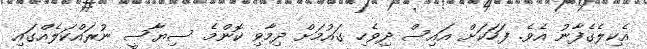
އެކިލެގެފާނު އެވެ. ފަހަކަށް އައިސް ދިވެހި ގައުމަށް ދިމާވި ކޮންމެ ސިޔާސީ ނުރައްކަލެއްގައި